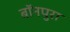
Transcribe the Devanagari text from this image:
बॉनपुरा